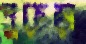
পুরুড়া